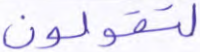
لتقولون